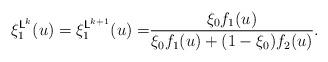
LaTeX: \begin{align*}\begin{aligned}\xi_1^{\mathsf{L}^{k}}(u)=\xi_1^{\mathsf{L}^{k+1}}(u)=&\frac{\xi_0f_1(u)}{\xi_0f_1(u)+(1-\xi_0)f_2(u)}.\end{aligned}\end{align*}